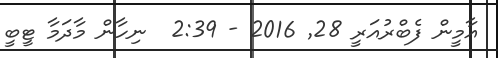
އާމީން ފެބްރުއަރީ 28